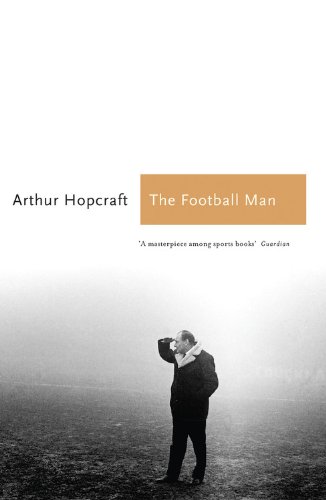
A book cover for The Football Man: People & Passions in Soccer (Aurum Sports Classics); Arthur Hopcraft; Sports & Outdoors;